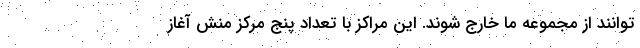
توانند از مجموعه ما خارج شوند. این مراکز با تعداد پنج مرکز منش آغاز